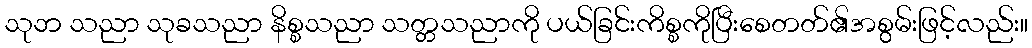
သုဘ သညာ သုခသညာ နိစ္စသညာ သတ္တသညာကို ပယ်ခြင်းကိစ္စကိုပြီးစေတတ်၏အစွမ်းဖြင့်လည်း။